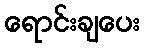
ရောင်းချပေး